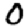
Digit: 0